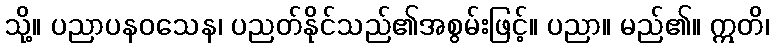
သို့။ ပညာပနဝသေန၊ ပညတ်နိုင်သည်၏အစွမ်းဖြင့်။ ပညာ။ မည်၏။ ဣတိ၊